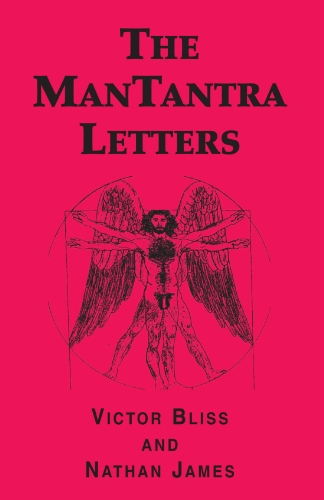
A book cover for The ManTantra Letters; Victor Bliss; Romance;